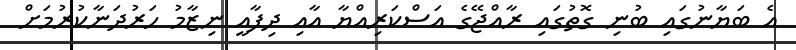
އެ ބަޔާނުގައި ބުނި ގޮތުގައި ރާއްޖޭގެ އަސްކަރިއްޔާ އާއި ދިފާއީ ނިޒާމު ހަރުދަނާކުރުމަށް